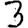
Digit: 3